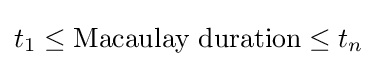
t_{1}\leq {\text{Macaulay duration}}\leq t_{n}